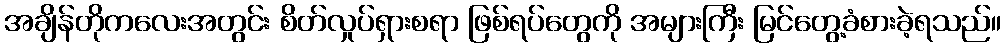
အချိန်တိုကလေးအတွင်း စိတ်လှုပ်ရှားစရာ ဖြစ်ရပ်တွေကို အများကြီး မြင်တွေ့ခံစားခဲ့ရသည်။